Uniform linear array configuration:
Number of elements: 12
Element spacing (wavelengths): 0.5
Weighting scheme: exponential
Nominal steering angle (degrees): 60
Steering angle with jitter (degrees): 59.484
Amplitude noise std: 0.05
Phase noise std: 0.05

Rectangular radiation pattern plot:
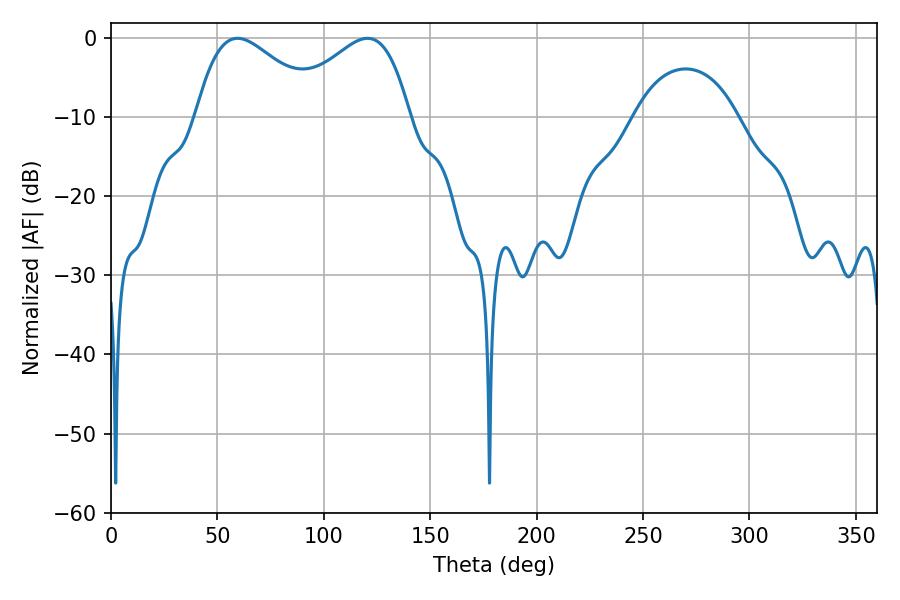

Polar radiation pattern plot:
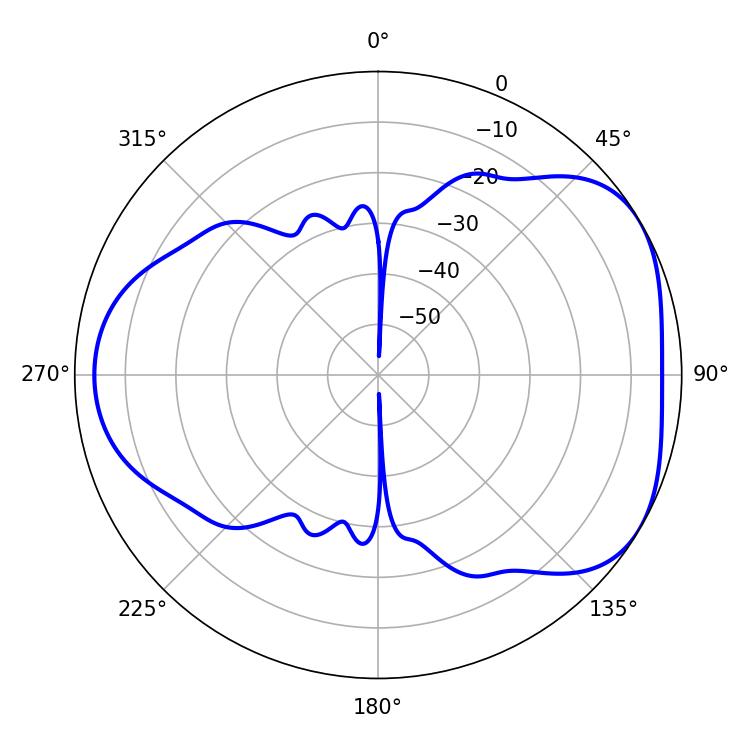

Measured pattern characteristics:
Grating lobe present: FALSE
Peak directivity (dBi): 4.396
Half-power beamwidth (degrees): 31.68
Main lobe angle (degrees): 59.4